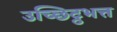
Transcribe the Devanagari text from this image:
उच्छिट्ठभत्त